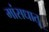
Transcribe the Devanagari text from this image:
मांसधातू